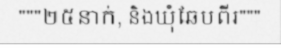
"""២៥នាក់, និងឃុំឆែបពីរ"""